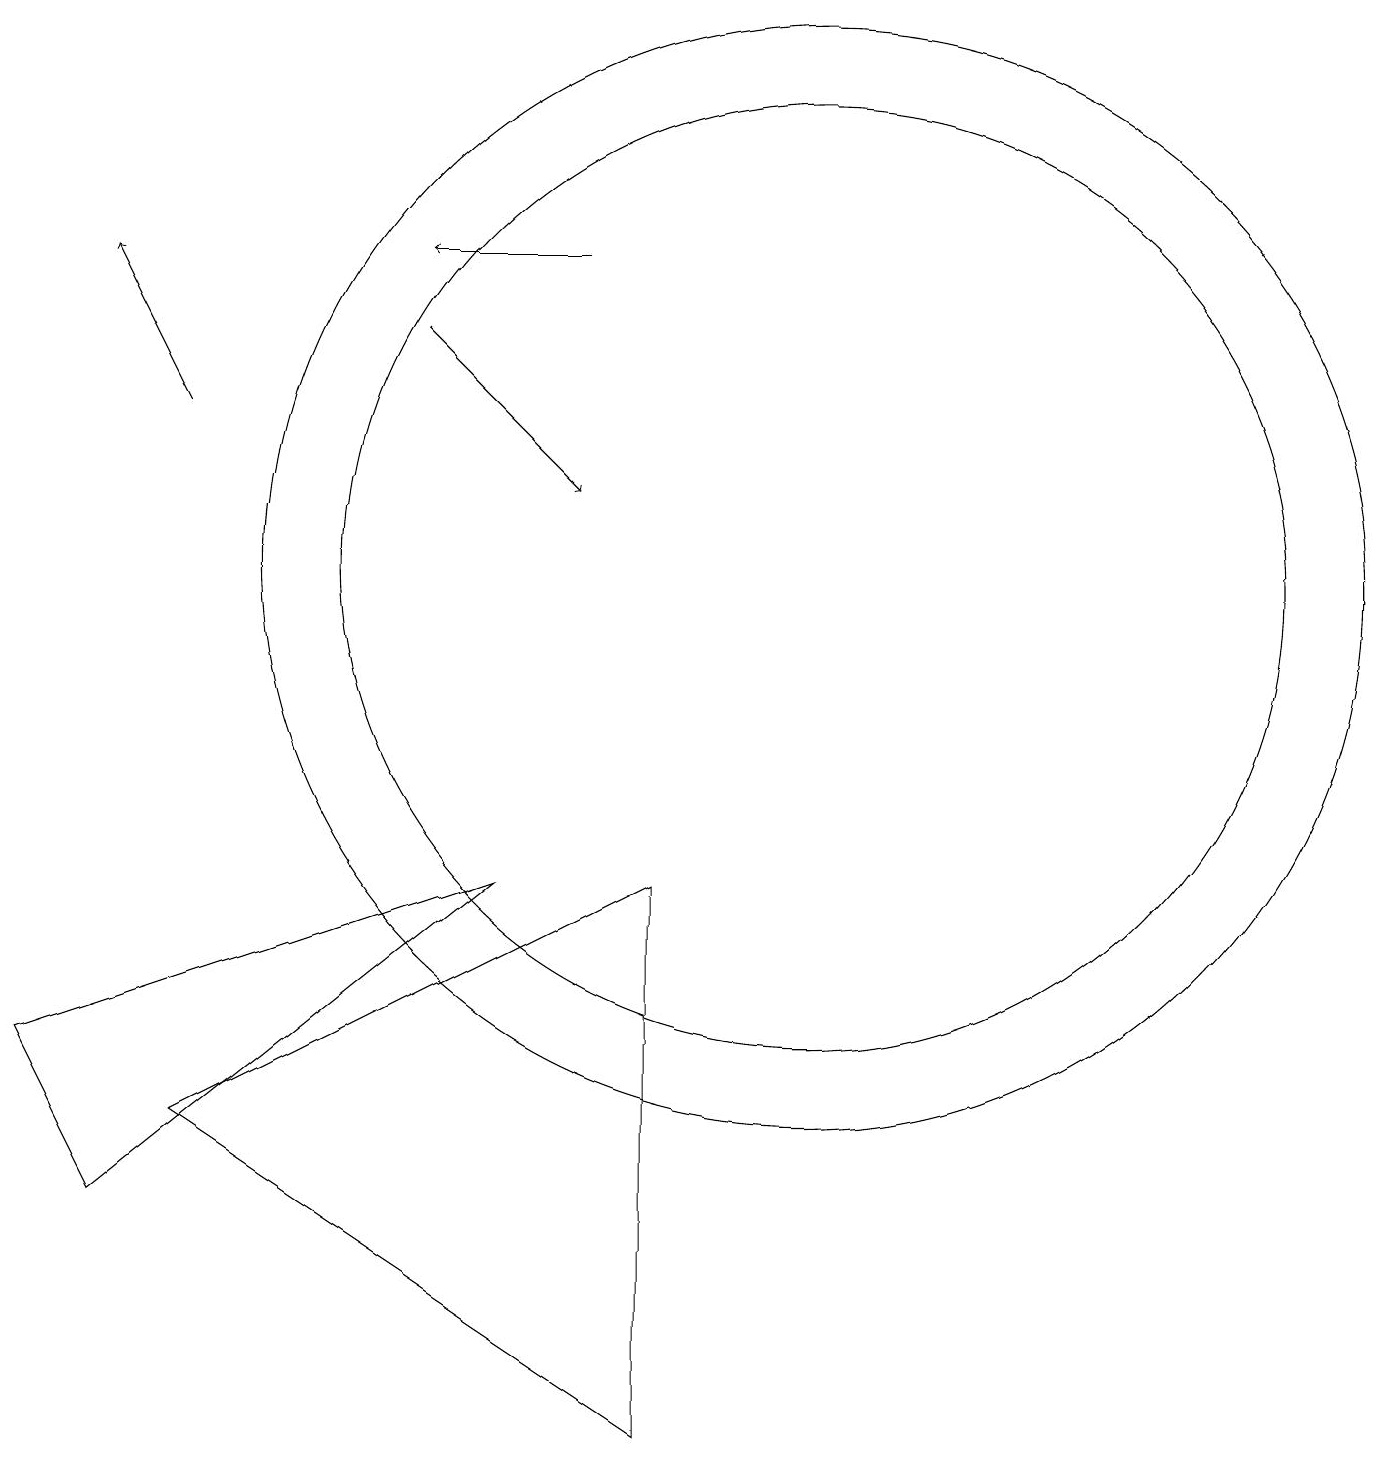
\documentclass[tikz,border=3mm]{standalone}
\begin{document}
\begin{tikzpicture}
\draw[->] (2,13) -- (1,15);
\draw[->] (5,14) -- (7,12);
\draw (10,11) circle (6);
\draw (2,4) -- (8,7) -- (8,0) -- cycle;
\draw (10,11) circle (7);
\draw[->] (7,15) -- (5,15);
\draw (1,3) -- (0,5) -- (6,7) -- cycle;
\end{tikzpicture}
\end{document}